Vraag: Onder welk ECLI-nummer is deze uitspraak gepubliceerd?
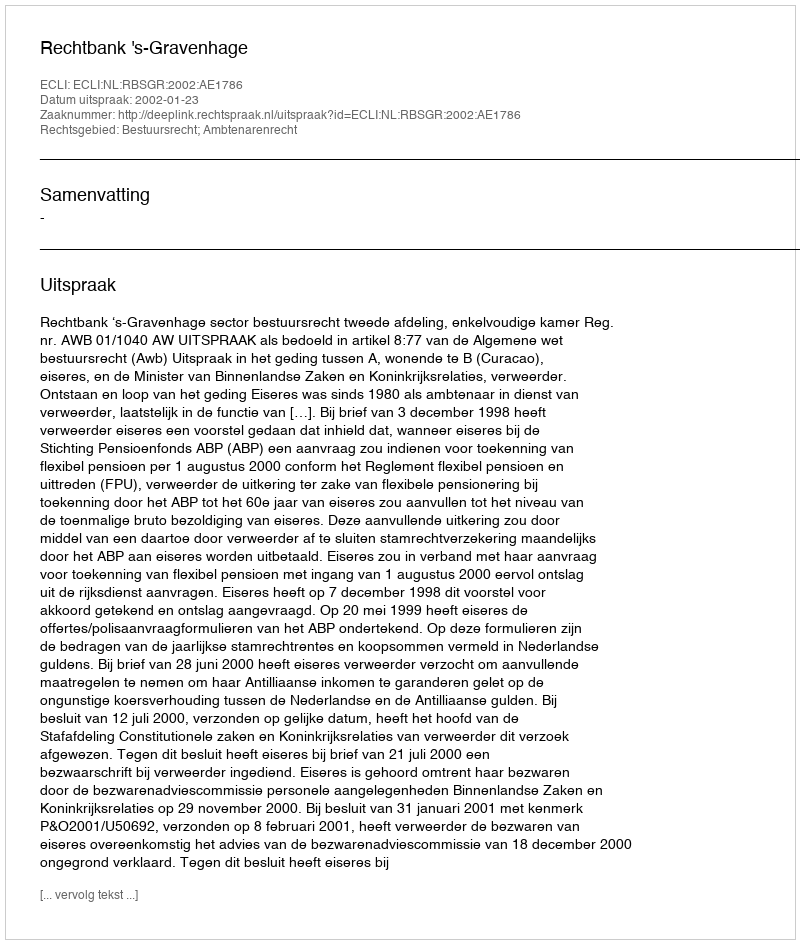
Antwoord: ECLI:NL:RBSGR:2002:AE1786